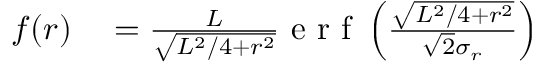
\begin{array} { r l } { f ( r ) } & { { } = \frac { L } { \sqrt { L ^ { 2 } / 4 + r ^ { 2 } } } \mathrm { ~ e ~ r ~ f ~ } \left( \frac { \sqrt { L ^ { 2 } / 4 + r ^ { 2 } } } { \sqrt { 2 } \sigma _ { r } } \right) } \end{array}